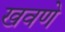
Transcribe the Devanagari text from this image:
खवणे